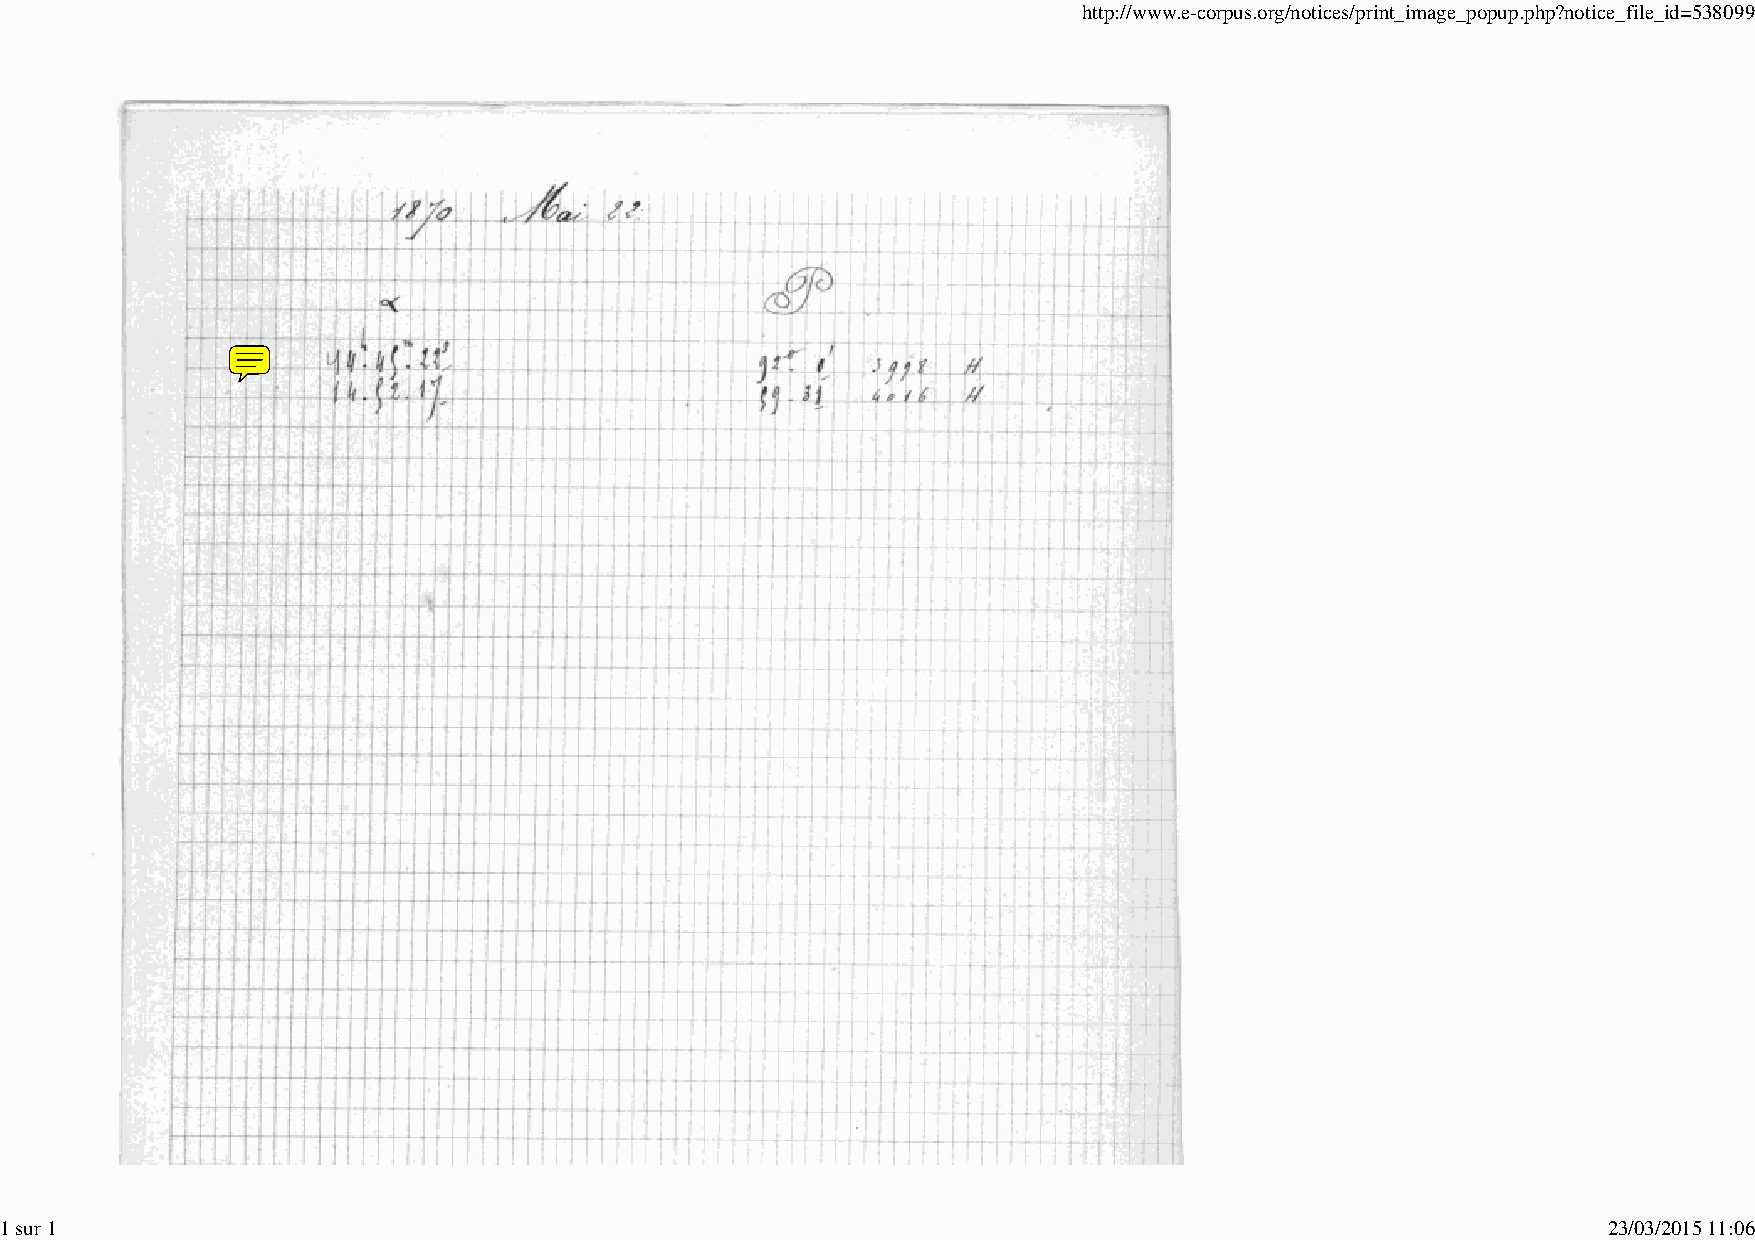
http://www.e-corpus.org/notices/print_image_popup.php?notice_file_id=538099
 1 sur 1                                                                                                   23/03/2015 11:06